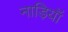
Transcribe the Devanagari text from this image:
नाड़ियॉं